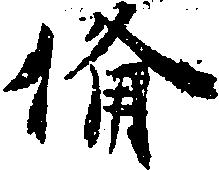
備